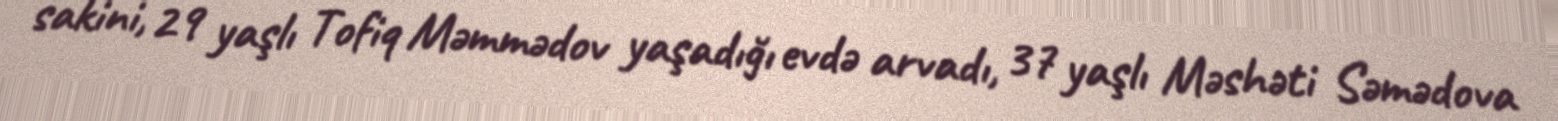
sakini, 29 yaşlı Tofiq Məmmədov yaşadığı evdə arvadı, 37 yaşlı Məshəti Səmədova